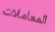
المعاملات